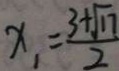
x _ { 1 } = \frac { 3 + \sqrt { 1 7 } } { 2 }